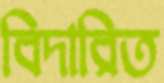
বিদারিত